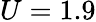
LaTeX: U=1.9